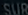
SUSU